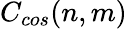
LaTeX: C_{cos}(n,m)